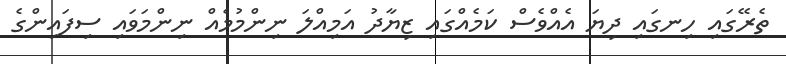
ތެރޭގައި ހިނގައި ދިޔަ އެއްވެސް ކަމެއްގައި ޒިޔާދު އަމިއްލަ ނިންމުމެއް ނިންމަވައި ސިފައިންގެ